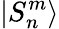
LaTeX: |S_{n}^{m}\rangle